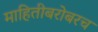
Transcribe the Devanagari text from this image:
माहितीबरोबरच